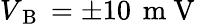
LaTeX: V_{\mathrm{~B~}}=\pm 10\, \mathrm{~m~V~}